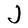
Character: J